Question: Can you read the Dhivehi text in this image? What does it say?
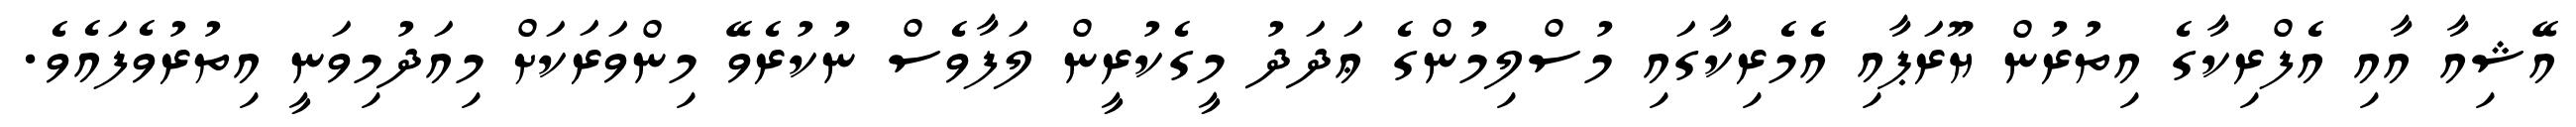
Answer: އޭޝިއާ އާއި އެފްރިކާގެ އިތުރުން ޔޫރަޕާއި އެމެރިކާގައި މުސްލިމުންގެ ޢަދަދު މީގެކުރީން ލަފާވެސް ނުކުރެވޭ މިންވަރަކަށް މިއަދުމިވަނީ އިތުރުވެފައެވެ.